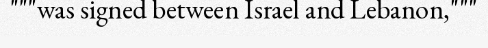
"""was signed between Israel and Lebanon,"""